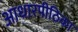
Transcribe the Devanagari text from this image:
आधारपीठिका